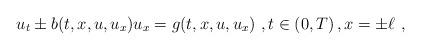
LaTeX: \begin{align*}u_t\pm b(t,x,u,u_x)u_{x}=g(t,x,u,u_x)\ ,t\in (0,T)\, ,x=\pm\ell\ ,\end{align*}